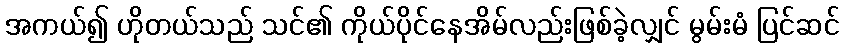
အကယ်၍ ဟိုတယ်သည် သင်၏ ကိုယ်ပိုင်နေအိမ်လည်းဖြစ်ခဲ့လျှင် မွမ်းမံ ပြင်ဆင်